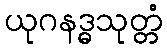
ယုဂနဒ္ဓသုတ္တံ